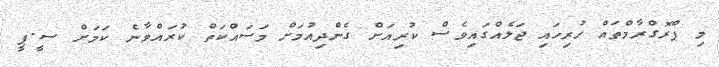
މި ޕްރޮގްރާމްތައް ހުރިހައި ޖަލެއްގައިވެސް ކުރިއަށް ގެންދިއުމަށް މަސައްކަތް ކުރައްވާނެ ކަމަށް ސީ.ޕީ